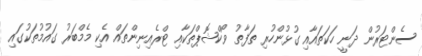
ސެންޓަރުން ދަނީ ހަކަތައާއި ގުޅުންހުރި ތަފާތު ވޯކްޝޮޕްތަކާއި ޓްރެއިނިންތައް އެކި މެމްބަރު ގައުމުތަކުގައި